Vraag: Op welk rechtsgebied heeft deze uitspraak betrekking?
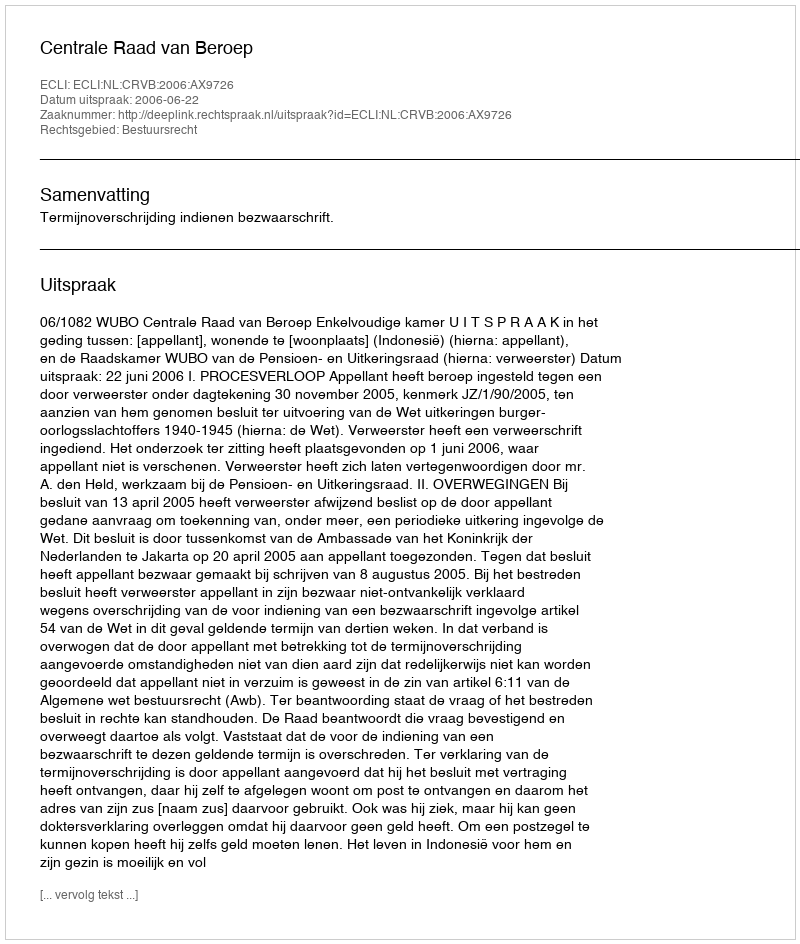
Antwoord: Bestuursrecht